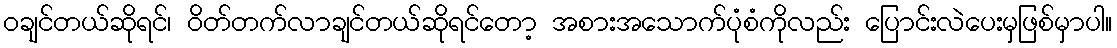
၀ချင်တယ်ဆိုရင်၊ ဝိတ်တက်လာချင်တယ်ဆိုရင်တော့ အစားအသောက်ပုံစံကိုလည်း ပြောင်းလဲပေးမှဖြစ်မှာပါ။